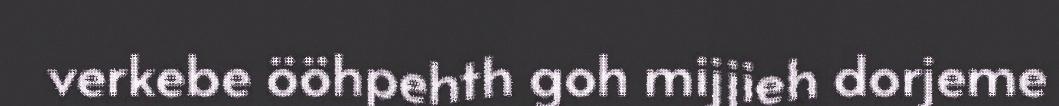
verkebe ööhpehth goh mijjieh dorjeme